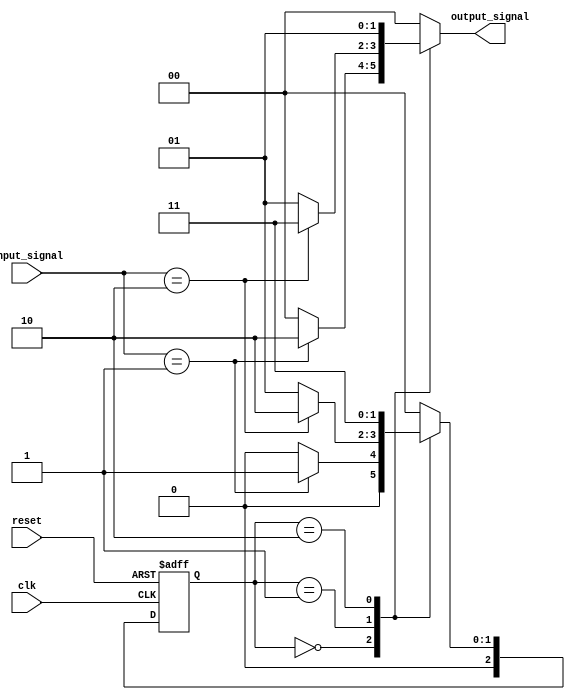
module MealyStateMachine #(
    parameter N = 3,                // Number of bits for state encoding
    parameter NUM_STATES = 2**N     // Total number of states
)(
    input wire clk,                 // Clock signal
    input wire reset,               // Asynchronous reset signal
    input wire [1:0] input_signal,  // Example input signals (can be parameterized)
    output reg [1:0] output_signal   // Example output signals (can be parameterized)
);

    // State register
    reg [N-1:0] current_state, next_state;

    // State encoding (example states)
    localparam STATE_0 = 3'b000;
    localparam STATE_1 = 3'b001;
    localparam STATE_2 = 3'b010;
    localparam STATE_3 = 3'b011;

    // State transition logic
    always @(*) begin
        case (current_state)
            STATE_0: begin
                if (input_signal == 2'b01) begin
                    next_state = STATE_1;
                    output_signal = 2'b10; // Output for STATE_0 with input 01
                end else begin
                    next_state = STATE_0;
                    output_signal = 2'b00; // Output for STATE_0 with other inputs
                end
            end
            
            STATE_1: begin
                if (input_signal == 2'b10) begin
                    next_state = STATE_2;
                    output_signal = 2'b11; // Output for STATE_1 with input 10
                end else begin
                    next_state = STATE_1;
                    output_signal = 2'b01; // Output for STATE_1 with other inputs
                end
            end
            
            STATE_2: begin
                next_state = STATE_3; // Example transition
                output_signal = 2'b01; // Output for STATE_2
            end
            
            STATE_3: begin
                next_state = STATE_0; // Example transition
                output_signal = 2'b00; // Output for STATE_3
            end
            
            default: begin
                next_state = STATE_0; // Default state
                output_signal = 2'b00; // Default output
            end
        endcase
    end

    // State register update
    always @(posedge clk or posedge reset) begin
        if (reset) begin
            current_state <= STATE_0; // Reset to initial state
        end else begin
            current_state <= next_state; // Update state on clock edge
        end
    end

endmodule